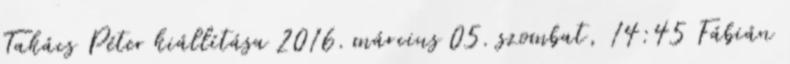
Takács Péter kiállítása 2016. március 05. szombat, 14:45 Fábián